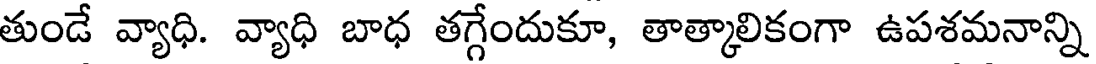
తుండే వ్యాధి. వ్యాధి బాధ తగ్గేందుకూ, తాత్కాలికంగా ఉపశమనాన్ని